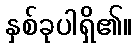
နှစ်ခုပါရှိ၏။